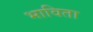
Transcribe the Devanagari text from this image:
भाविता